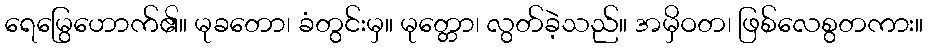
ရေမြွေဟောက်၏။ မုခတော၊ ခံတွင်းမှ။ မုတ္တော၊ လွတ်ခဲ့သည်။ အမှိဝတ၊ ဖြစ်လေစွတကား။